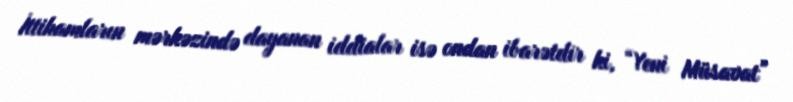
İttihamların mərkəzində dayanan iddialar isə ondan ibarətdir ki, “Yeni Müsavat”